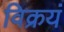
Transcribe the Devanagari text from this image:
विक्रयं